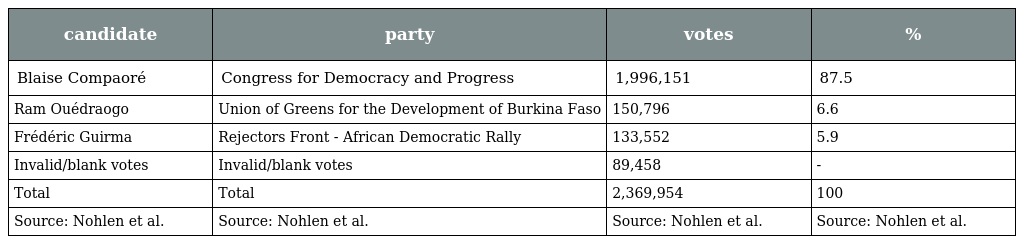
| candidate | party | votes | % |
 | --- | --- | --- | --- |
 | Blaise Compaoré | Congress for Democracy and Progress | 1,996,151 | 87.5 |
 | Ram Ouédraogo | Union of Greens for the Development of Burkina Faso | 150,796 | 6.6 |
 | Frédéric Guirma | Rejectors Front - African Democratic Rally | 133,552 | 5.9 |
 | Invalid/blank votes | Invalid/blank votes | 89,458 | - |
 | Total | Total | 2,369,954 | 100 |
 | Source: Nohlen et al. | Source: Nohlen et al. | Source: Nohlen et al. | Source: Nohlen et al. |